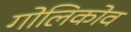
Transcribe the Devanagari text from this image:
गोलिकोव